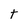
Character: t